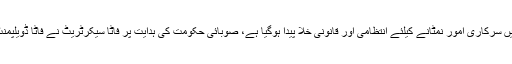
08 جون2018ء) فاٹا انضمام کے بعد فاٹا میں سرکاری امور نمٹانے کیلئے انتظامی اور قانونی خلا پیدا ہوگیا ہے، صوبائی حکومت کی ہدایت پر فاٹا سیکرٹریٹ نے فاٹا ڈویلپمنٹ ورکنگ پارٹی کا اجلاس منسوخ کر دیاہے۔